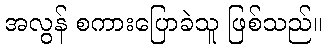
အလွန် စကားပြောခဲသူ ဖြစ်သည်။